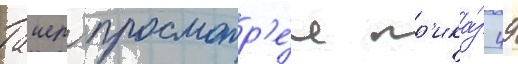
Таиер просмотр'е́л пр'ика́з 49